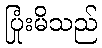
ပြုံးမိသည်